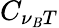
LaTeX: C_{\nu_{\mathit{B}}T}